Report of the Bombay Veterinary College
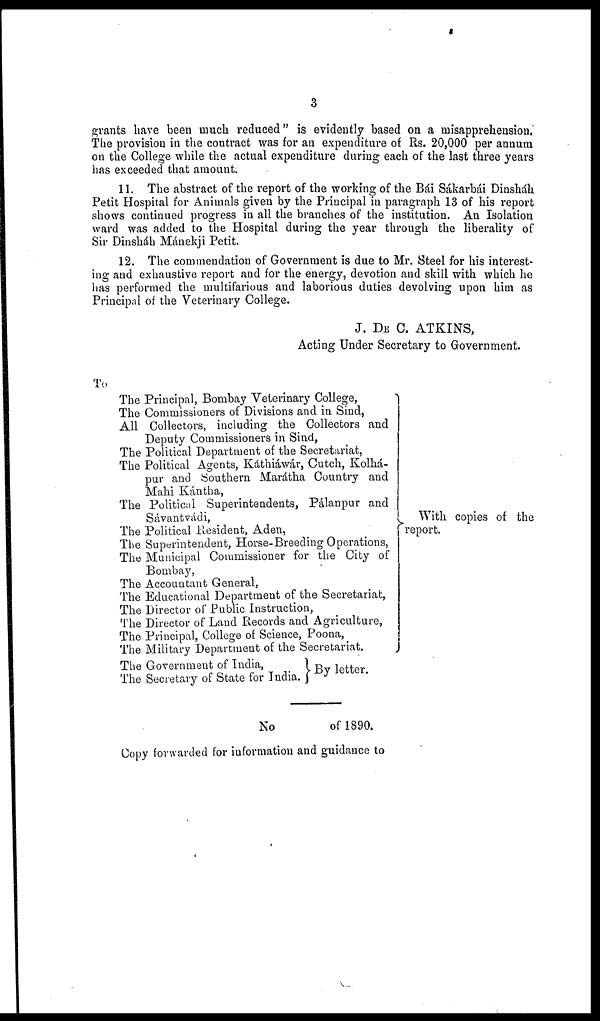
3
grants have been much reduced" is evidently based on a misapprehension.
The provision in the contract was for an expenditure of Rs. 20,000 per annum
on the College while the actual expenditure during each of the last three years
has exceeded that amount.
11. The abstract of the report of the working of the Bái Sákarbái Dinsháh
Petit Hospital for Animals given by the Principal in paragraph 13 of his report
shows continued progress in all the branches of the institution. An Isolation
ward was added to the Hospital during the year through the liberality of
Sir Dinsháh Mánekji Petit.
12. The commendation of Government is due to Mr. Steel for his interest-
ing and exhaustive report and for the energy, devotion and skill with which he
has performed the multifarious and laborious duties devolving upon him as
Principal of the Veterinary College.
J. DE C. ATKINS,
Acting Under Secretary to Government.
To
The Principal, Bombay Veterinary College,
The Commissioners of Divisions and in Sind,
All Collectors, including the Collectors and
Deputy Commissioners in Sind,
The Political Department of the Secretariat,
The Political Agents, Káthiáwár, Cutch, Kolhá¬
pur and Southern Marátha Country and
Mahi Kántha,
The Political Superintendents, Pálanpur and
Sávantvádi,
The Political Resident, Aden,
The Superintendent, Horse-Breeding Operations,
The Municipal Commissioner for the City of
Bombay,
The Accountant General,
The Educational Department of the Secretariat,
The Director of Public Instruction,
The Director of Land Records and Agriculture,
The Principal, College of Science, Poona,
The Military Department of the Secretariat.
With copies of the
report.
The Government of India,
The Secretary of State for India.
By letter.
No
of 1890.
Copy forwarded for information and guidance to